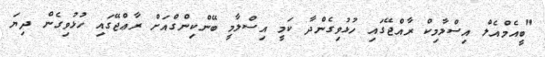
"ބީއެމްއެލް އިސްލާމިކް ރާއްޖޭގައި ހުޅުވިގެންދާ ކަމީ އިސްލާމީ ބޭންކިންގްއަށް ރާޢްޖޭގައި ހުޅުވިގެން ދިޔަ